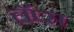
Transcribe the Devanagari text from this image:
लॅप्स